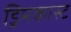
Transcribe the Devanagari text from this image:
ड्रिमकास्ट